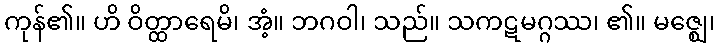
ကုန်၏။ ဟိ ဝိတ္ထာရေမိ၊ အံ့။ ဘဂဝါ၊ သည်။ သကဋမဂ္ဂဿ၊ ၏။ မဇ္ဈေ၊